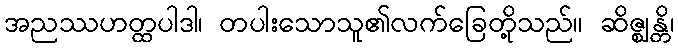
အညဿဟတ္ထပါဒါ၊ တပါးသောသူ၏လက်ခြေတို့သည်။ ဆိဇ္ဈန္တိ၊